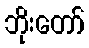
ဘိုးတော်